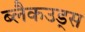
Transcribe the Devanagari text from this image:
ब्लैकउड्स